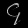
Digit: ၄